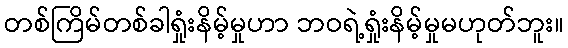
တစ်ကြိမ်တစ်ခါရှုံးနိမ့်မှုဟာ ဘဝရဲ့ရှုံးနိမ့်မှုမဟုတ်ဘူး။